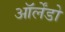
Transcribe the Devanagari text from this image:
ऑर्लेंडो